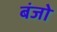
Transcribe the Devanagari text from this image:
बंजो